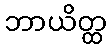
ဘာယိတ္ထ